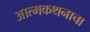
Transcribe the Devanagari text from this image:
आत्मकथनाचा